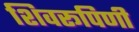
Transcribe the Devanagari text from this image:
शिवरूपिणी